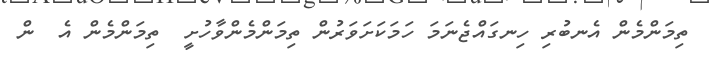
ތިމަންމެން އެނބުރި ހިނގައްޖެނަމަ ހަމަކަށަވަރުން ތިމަންމެންވާހުށީ  ތިމަންމެން އެ  ން